Joelahtme_vallakohus, lk 4
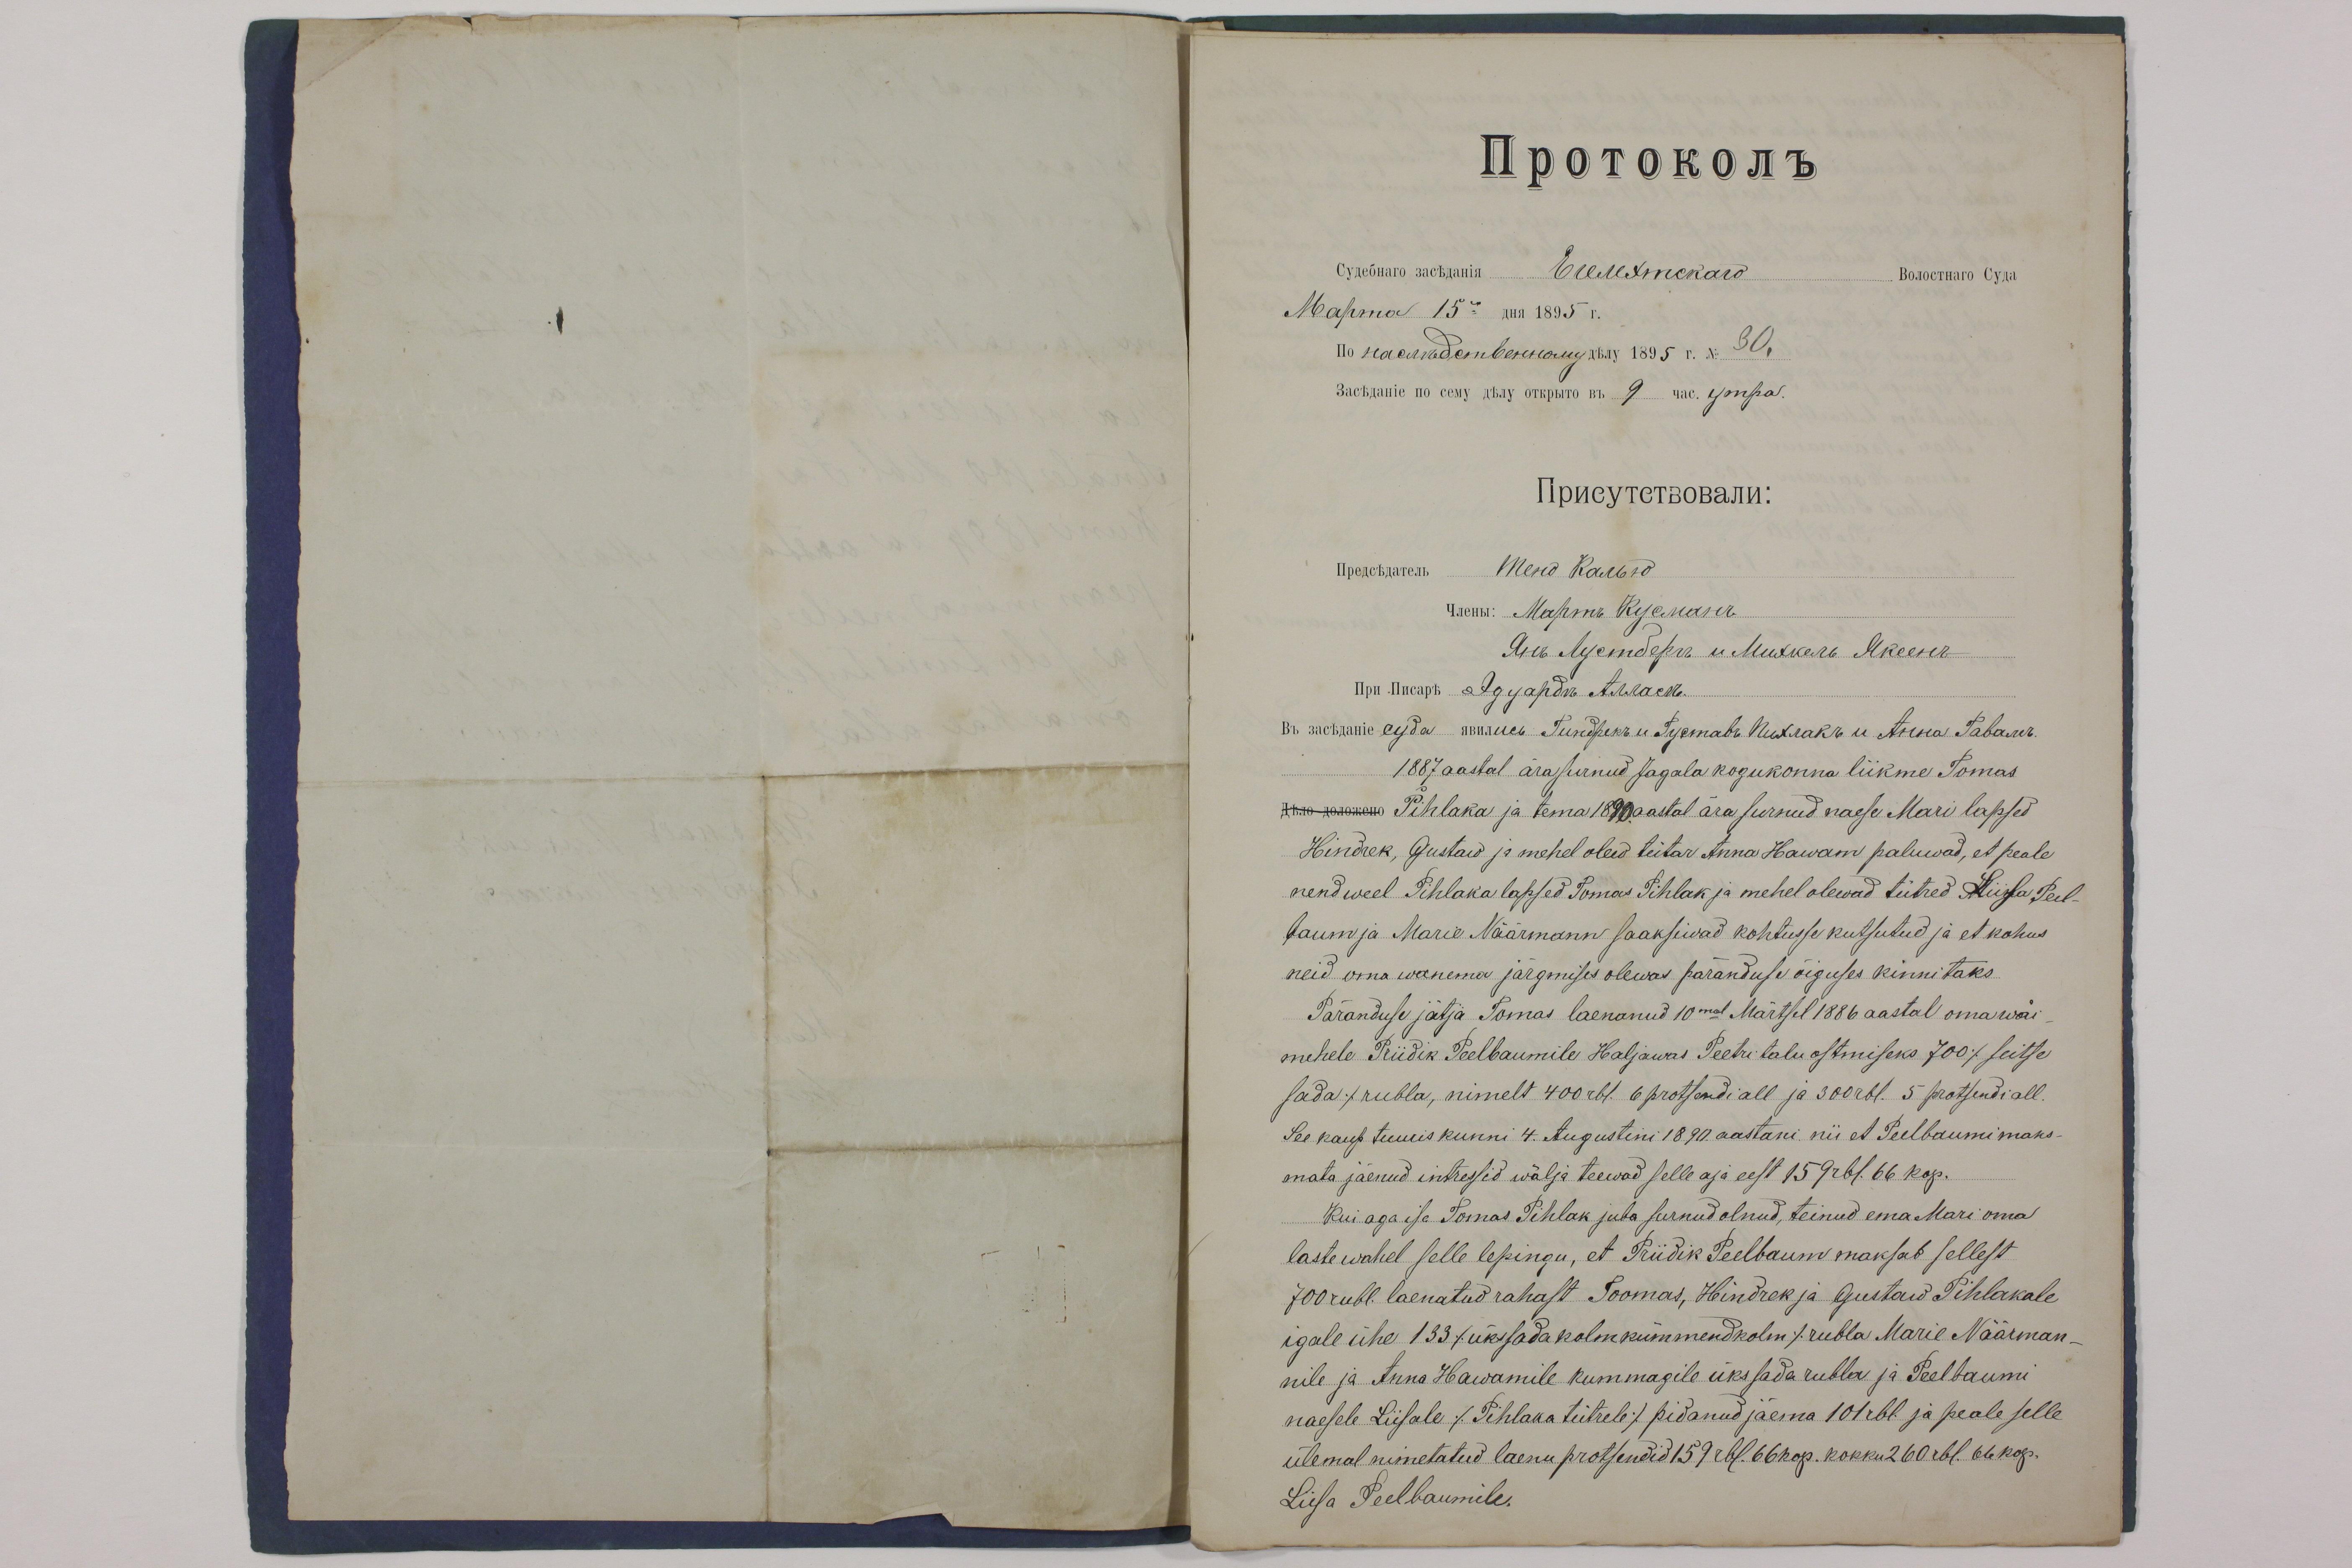
Прочокомь
Ojuchuard säekäänia Длемятскогъ Волестаъ Ста
Maarma 15ma 1895 r.
IIo raanudembrunang No: 15 r. s. 30
3 aekmanie no eesti uhav orkpäro sm 9 nad. 40 Apa
AlpuevTerBobajin:
Прежскаченъ Mею Кальъ
У.Неныъ: Мартъ Кусланъ
Grib Ajendepr. "Мискачъ Лкелъ-
Ipn Joseph Agyapör A. Wallaeste
Bra metsamise ajda munna. Sundenbergu Igemato Nukrakre ei Anna Tabann
1887 aastal ära surnud Jagala kogukonna liikme Tomas
Uue pärastu Pihlaka ja tema 1890 aastal ära surnud naese Mari lapsed
Hindrek, Gustaw ja mehel olew tütar Anna Hawam paluwad, et peale
nend weel Pihlaka lapsed Tomas Pihlak ja mehel olewad tütred Liisa Peel-
baum ja Marie Näärmann saaksiwad kohtusse kutsutud ja et kohus
neid oma wanema jargmises olewas päranduse õiguses kinnitaks
Päranduse jätja Tomas laenanud 10mal Märtsil 1886 aastal oma wäi
mehele. Priidik Peelbaumile Haljawas Peetri talu ostmiseks 700 /seitse
sada/ rubla, nimelt 400 rbl. 6 protsendi all ja 300 rbl. 5 protsendi all.
See kaup tuuris kunni 4. Augustini 1890. aastani, nii et Peelbaumi maks-
mata jäenud intressid wälja teewad selle aja eest 159 rbl. 66 kop.
Kui aga isa Tomas Pihlak juba surnud olnud, teinud ema Mari oma
laste wahel selle lepingu, et Priidik Peelbaum maksab sellest
700 rubl. laenatud rahast Toomas, Hindrek ja Gustaw Pihlakale
igale ühe133 /üksada kolmkümmendkolm/ rubla Marie Näärman
nile ja Anna Hawamile kummagile üks sada rubla ja Peelbaumi
naesele Liisale /Pihlaka tütrele/ pidanud jäema 101 rbl. ja peale selle
ülemal nimetatud laenu protsendid 159 rbl. 66 kop. kokku 2 60 rbl. 66 kop.
Liisa Peelbaumile.